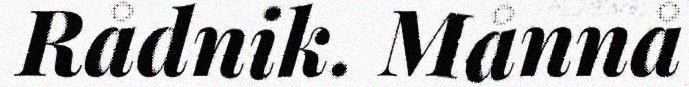
Rådnik. Månnå